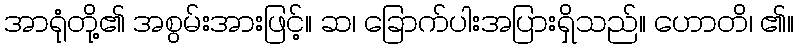
အာရုံတို့၏ အစွမ်းအားဖြင့်။ ဆ၊ ခြောက်ပါးအပြားရှိသည်။ ဟောတိ၊ ၏။